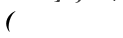
(